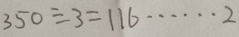
3 5 0 \div 3 = 1 1 6 \cdots 2